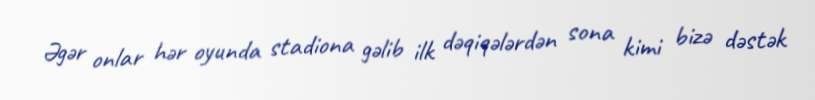
Əgər onlar hər oyunda stadiona gəlib ilk dəqiqələrdən sona kimi bizə dəstək